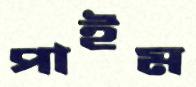
পাইম